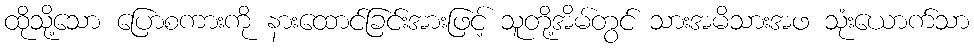
ထိုသို့သော ပြောစကားကို နားထောင်ခြင်းအားဖြင့် သူတို့အိမ်တွင် သားအမိသားအဖ သုံးယောက်သာ